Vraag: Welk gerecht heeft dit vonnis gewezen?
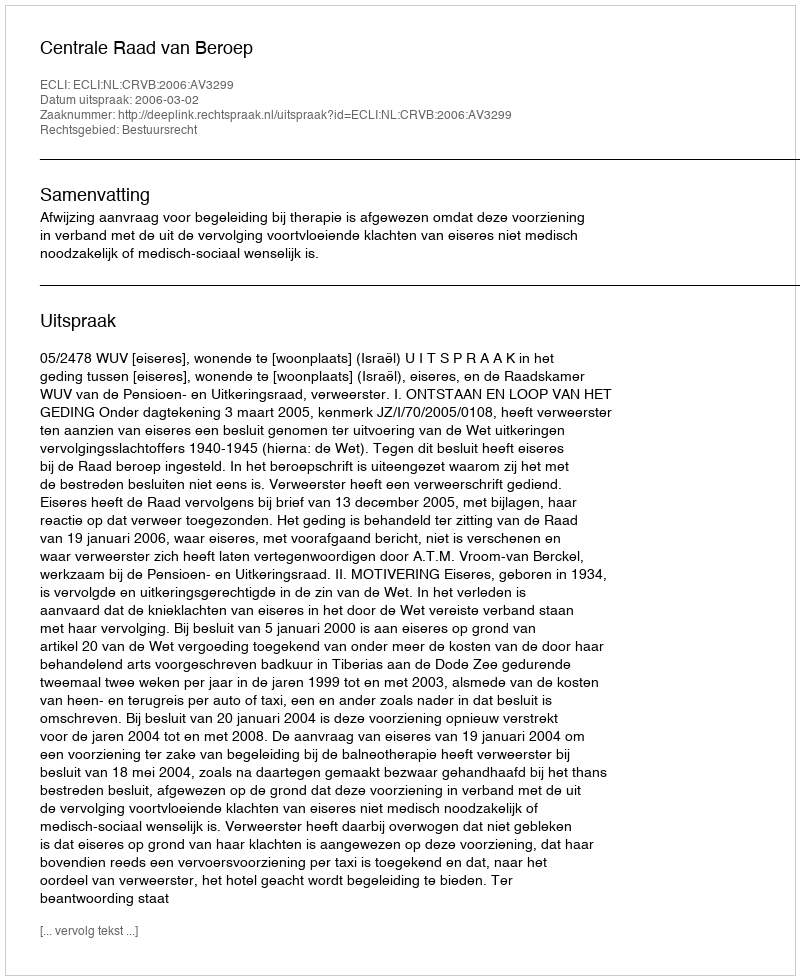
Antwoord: Centrale Raad van Beroep